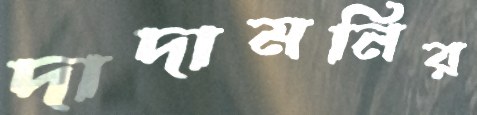
দাদামনির